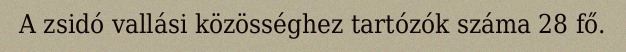
A zsidó vallási közösséghez tartózók száma 28 fő.